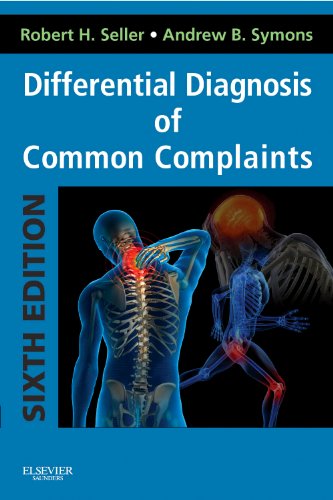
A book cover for Differential Diagnosis of Common Complaints: with STUDENT CONSULT Online Access, 6e; Robert H. Seller MD; Medical Books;